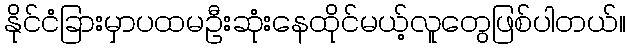
နိုင်ငံခြားမှာပထမဦးဆုံးနေထိုင်မယ့်လူတွေဖြစ်ပါတယ်။